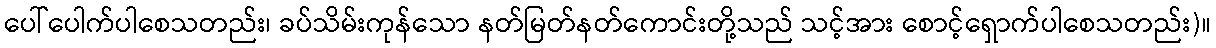
ပေါ်ပေါက်ပါစေသတည်း၊ ခပ်သိမ်းကုန်သော နတ်မြတ်နတ်ကောင်းတို့သည် သင့်အား စောင့်ရှောက်ပါစေသတည်း)။